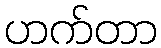
ဟက်တာ